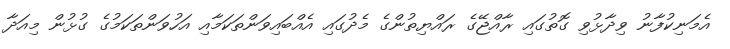
އެމަނިކުފާނު ވިދާޅުވި ގޮތުގައި ރާއްޖޭގެ ރައްޔިތުންގެ މެދުގައި އެއްބައިވަންތަކަމާއި އަހުވަންތަކަމުގެ ގުޅުން މިއަދާ